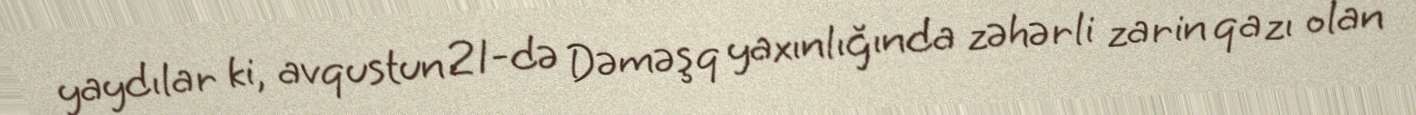
yaydılar ki, avqustun 21-də Dəməşq yaxınlığında zəhərli zarin qazı olan